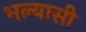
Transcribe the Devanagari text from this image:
भल्यासी